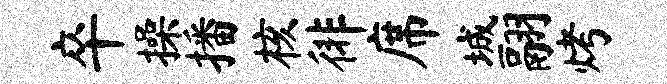
卒操播核徘席城翮烤